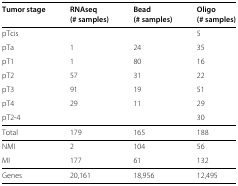
<table><thead><tr><td><b>Tumor stage</b></td><td><b>RNAseq</b></td><td><b>Bead</b></td><td><b>Oligo</b></td></tr><tr><td></td><td><b>(# samples)</b></td><td><b>(# samples)</b></td><td><b>(# samples)</b></td></tr></thead><tbody><tr><td>pTcis</td><td></td><td></td><td>5</td></tr><tr><td>pTa</td><td>1</td><td>24</td><td>35</td></tr><tr><td>pT1</td><td>1</td><td>80</td><td>16</td></tr><tr><td>pT2</td><td>57</td><td>31</td><td>22</td></tr><tr><td>pT3</td><td>91</td><td>19</td><td>51</td></tr><tr><td>pT4</td><td>29</td><td>11</td><td>29</td></tr><tr><td>pT2-4</td><td></td><td></td><td>30</td></tr><tr><td>Total</td><td>179</td><td>165</td><td>188</td></tr><tr><td>NMI</td><td>2</td><td>104</td><td>56</td></tr><tr><td>MI</td><td>177</td><td>61</td><td>132</td></tr><tr><td>Genes</td><td>20,161</td><td>18,956</td><td>12,495</td></tr></tbody></table>